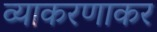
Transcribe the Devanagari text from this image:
व्याकरणाकर